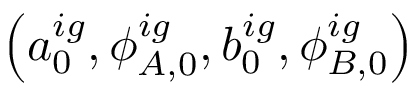
\left( a _ { 0 } ^ { i g } , \phi _ { A , 0 } ^ { i g } , b _ { 0 } ^ { i g } , \phi _ { B , 0 } ^ { i g } \right)